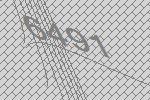
6491